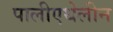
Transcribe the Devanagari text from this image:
पालीएथेलीन